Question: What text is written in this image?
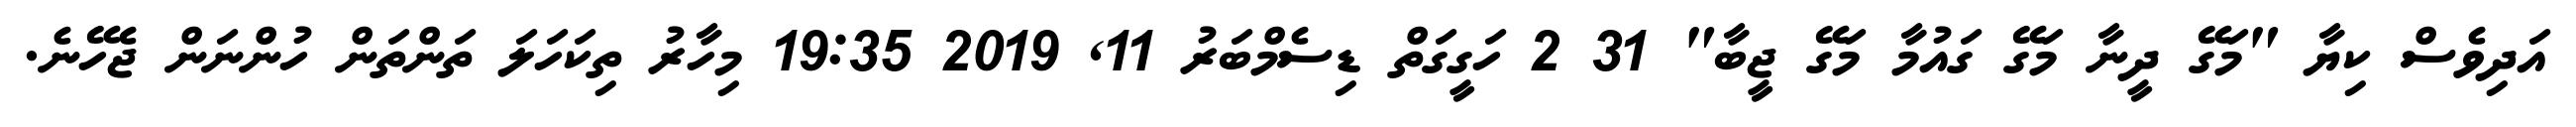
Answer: އަދިވެސް ކިޔާ "މަގޭ ދީނާ މަގޭ ގައުމާ މަގޭ ޖީބާ" 31 2 ހަގީގަތް ޑިސެމްބަރު 11, 2019 19:35 މިހާރު ތިކަހަލަ ތަންތަން ހުންނަން ޖެހޭނެ.